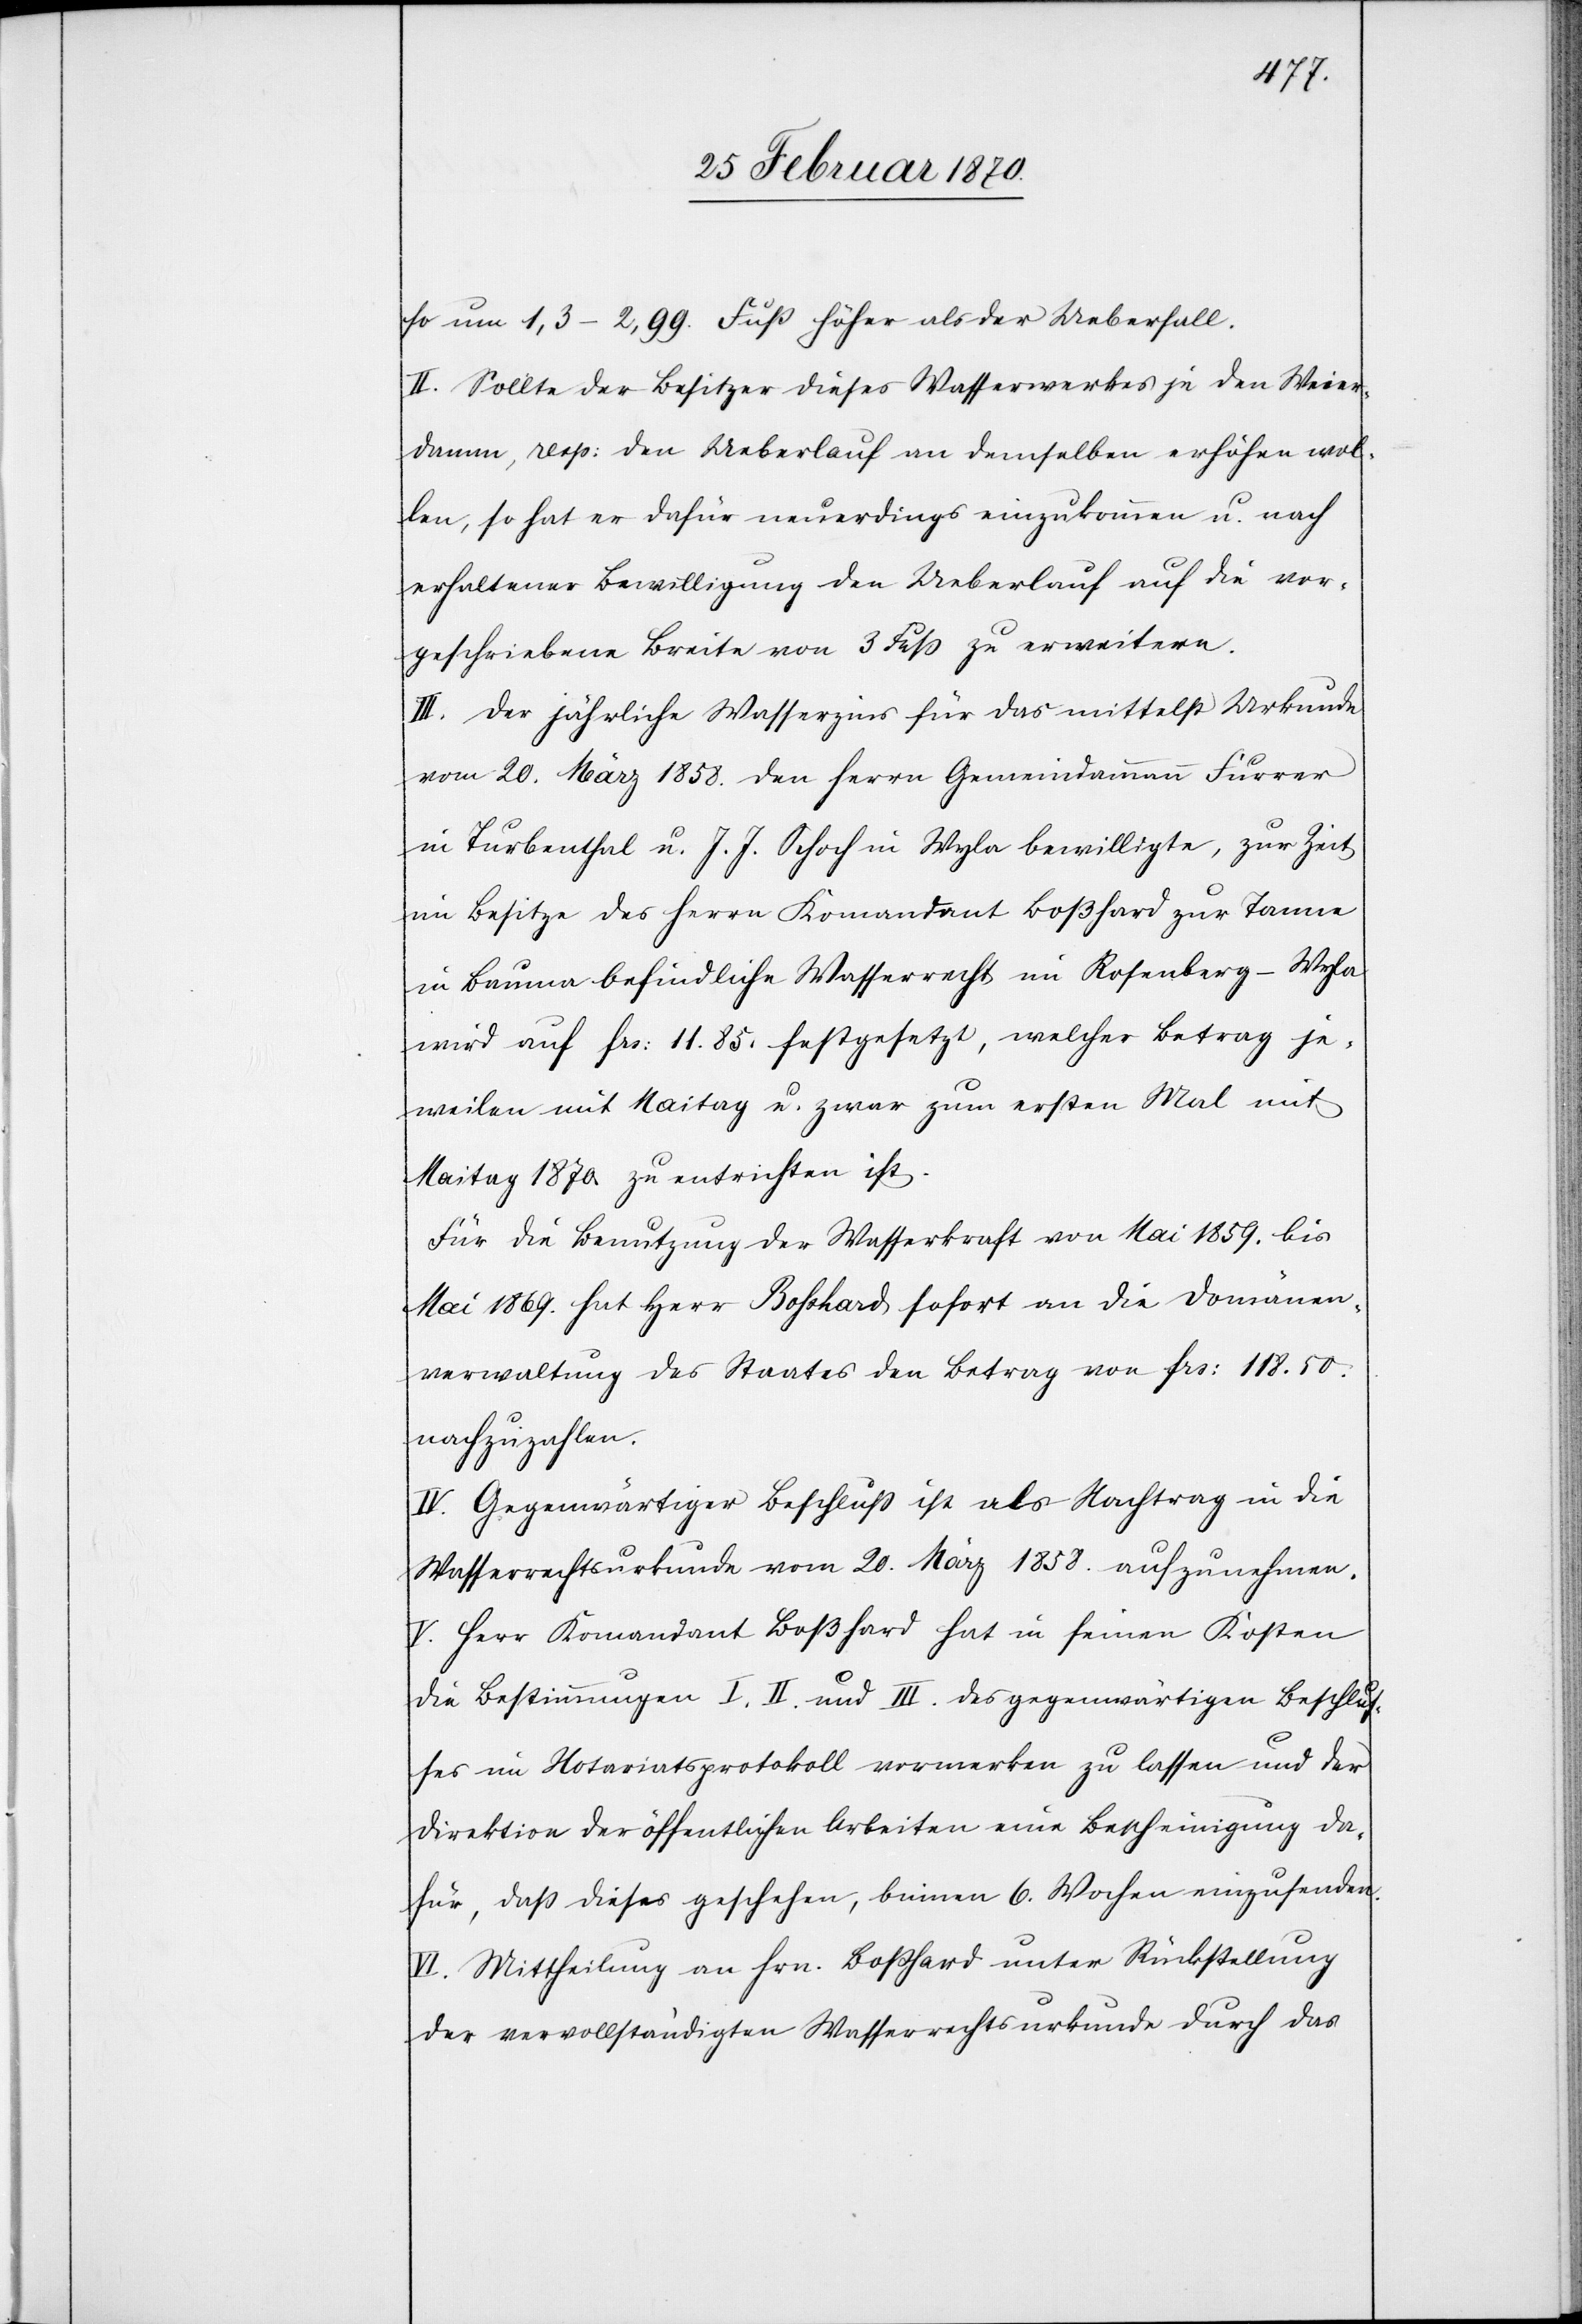
so um 1,3–2,99. Fuß höher als der Ueberfall.
II. Sollte der Besitzer dieses Wasserwerkes je den Weier¬
damm, resp: den Ueberlauf an demselben erhöhen wol¬
len, so hat er dafür neuerdings einzukommen u. nach
erhaltener Bewilligung den Ueberlauf auf die vor¬
geschriebene Breite von 3 Fuß zu erweitern.
III. Der jährliche Wasserzins für das mittelst Urkunde
vom 20. März 1858. den Herrn Gemeindammann Furrer
in Turbenthal u. J. J. Schoch in Wyla bewilligte, zur Zeit
im Besitze des Herrn Kommandant Boßhard zur Tanne
in Bauma befindliche Wasserrecht im Rosenberg – Wyla
wird auf frs: 11.85. festgesetzt, welcher Betrag je¬
weilen mit Maitag u. zwar zum ersten Mal mit
Maitag 1870. zu entrichten ist.
Für die Benutzung der Wasserkraft von Mai 1859. bis
Mai 1869. hat Herr Bosshard sofort an die Domänen¬
verwaltung des Staates den Betrag von frs: 118.50.
nachzuzahlen.
IV. Gegenwärtiger Beschluß ist als Nachtrag in die
Wasserrechtsurkunde vom 20. März 1858. aufzunehmen.
V. Herr Komandant Boßhard hat in seinen Kosten
die Bestimmungen I. II. und III. des gegenwärtigen Beschlus¬
ses im Notariatsprotokoll vormerken zu lassen und der
Direktion der öffentlichen Arbeiten eine Bescheinigung da¬
für, daß dieses geschehen, binnen 6. Wochen einzusenden.
VI. Mittheilung an Hrn. Boßhard unter Rückstellung
der vervollständigten Wasserrechtsurkunde durch das